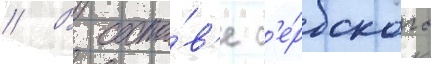
// В соста́в'е с'е́рбского